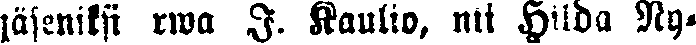
jäseniksi rwa I. Kaulio, nti Hilda Ny-